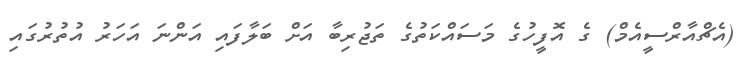
(އެޗްއާރްސީއެމް) ގެ އޮފީހުގެ މަސައްކަތުގެ ތަޖުރިބާ އަށް ބަލާފައި އަންނަ އަހަރު އުތުރުގައި